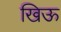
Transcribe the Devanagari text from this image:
खिऊ